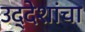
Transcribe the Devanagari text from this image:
उद्देशांचा